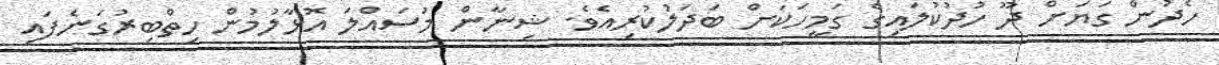
ހެދުން ގަޔަށް ދޫ ހުދުކުލައިގެ ގަމީހަކަށް ބަދަލުކުރިއެވެ. ޝިނާން މުސައްލަ އޮޅާލުމުން ހިތްބިރުގަނެފައި